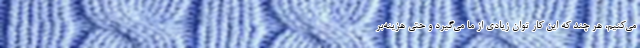
می‌کنیم، هر چند که این کار توان زیادی از ما می‌گیرد و حتی هزینه‌بر